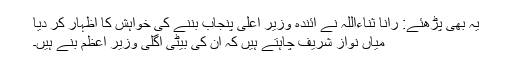
یہ بھی پڑھئے: رانا ثناءاللہ نے آئندہ وزیر اعلیٰ پنجاب بننے کی خواہش کا اظہار کر دیا
میاں نواز شریف چاہتے ہیں کہ ان کی بیٹی اگلی وزیر اعظم بنے ہیں۔